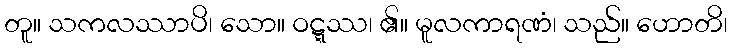
တူ။ သကလဿာပိ၊ သော။ ဝဋ္ဋဿ၊ ၏။ မူလကာရဏံ၊ သည်။ ဟောတိ၊